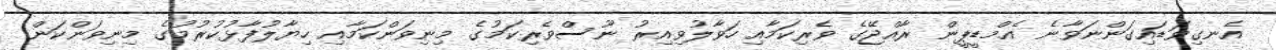
އެނގިވަޑައިގަންނަވާނެ އެމްޑީޕީން ރާއްޖޭގެ ވެރިކަމާއި ހަވާލުވިއިރު ނޫސްވެރިކަމުގެ މިނިވަންކަމާއި ހިޔާލުފާޅުކުރުމުގެ މިނިވަންކަން